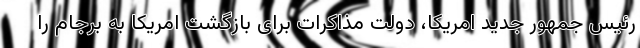
رئیس جمهور جدید امریکا، دولت مذاکرات برای بازگشت امریکا به برجام را